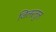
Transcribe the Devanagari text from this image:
जिलरतुल